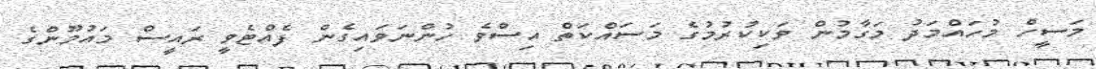
މަސީހް މުހައްމަދު މަގާމުން ވަކިކުރުމުގެ މަސައްކަތް އިސްވެ ހުންނަވައިގެން ފެއްޓެވީ ރައީސް މައުމޫންގެ